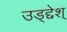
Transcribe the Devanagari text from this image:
उड्द्देश्